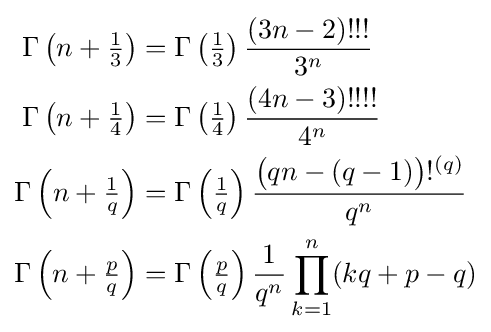
{\begin{aligned}\Gamma \left(n+{\tfrac {1}{3}}\right)&=\Gamma \left({\tfrac {1}{3}}\right){\frac {(3n-2)!!!}{3^{n}}}\\\Gamma \left(n+{\tfrac {1}{4}}\right)&=\Gamma \left({\tfrac {1}{4}}\right){\frac {(4n-3)!!!!}{4^{n}}}\\\Gamma \left(n+{\tfrac {1}{q}}\right)&=\Gamma \left({\tfrac {1}{q}}\right){\frac {{\big (}qn-(q-1){\big )}!^{(q)}}{q^{n}}}\\\Gamma \left(n+{\tfrac {p}{q}}\right)&=\Gamma \left({\tfrac {p}{q}}\right){\frac {1}{q^{n}}}\prod _{k=1}^{n}(kq+p-q)\end{aligned}}